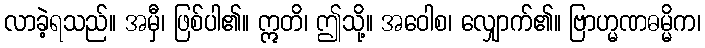
လာခဲ့ရသည်။ အမှီ၊ ဖြစ်ပါ၏။ ဣတိ၊ ဤသို့။ အဝေါစ၊ လျှောက်၏။ ဗြာဟ္မဏဓမ္မိက၊